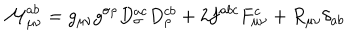
{ \cal M } _ { \mu \nu } ^ { a b } = g _ { \mu \nu } g ^ { \sigma \rho } D _ { \sigma } ^ { a c } D _ { \rho } ^ { c b } + 2 f ^ { a b c } F _ { \mu \nu } ^ { c } + R _ { \mu \nu } \delta _ { a b }